Sanitation, dispensaries and jails vaccination Rajputana 1922-1927 - 1922-1927
Year: 1922
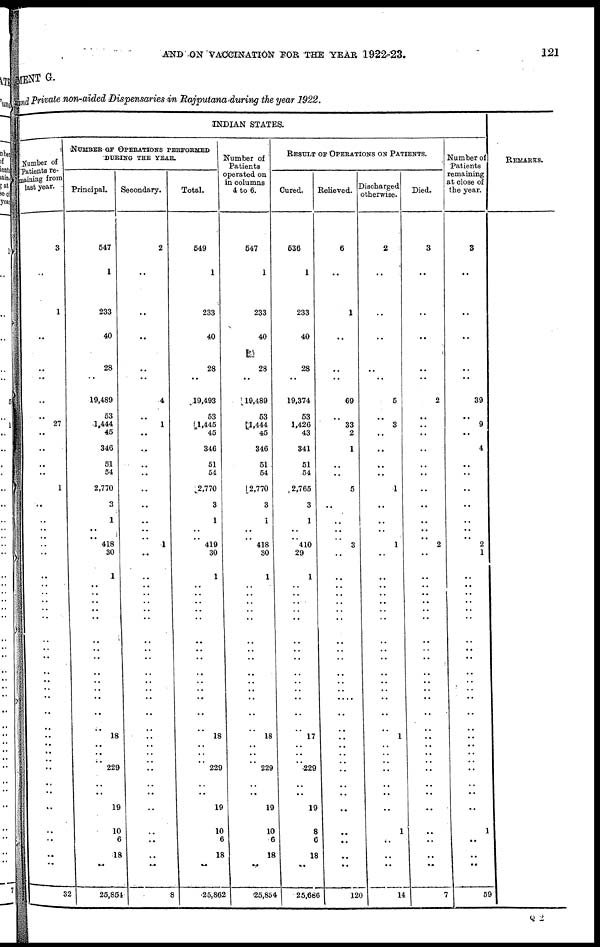
AND ON VACCINATION FOR THE YEAR 1922-23.
121
MENT G.
and Private non-aided Dispensaries in Rajputana during the year 1922.
INDIAN STATES.
Number of
Patients re-
maining from
last year.
3
..
1
..
..
..
..
..
27
..
..
..
..
1
..
..
..
..
..
..
..
..
..
..
.. ..
..
..
..
..
..
..
..
..
..
..
..
..
..
..
..
..
..
..
..
..
..
32
NUMBER OF OPERATIONS PERFORMED
DURING THE YEAR.
Principal.
547
1
233
40
28
..
19,489
53
1,444
45
346
51
54
2,770
3
1
..
.. 418
30
1
..
..
..
..
..
..
..
..
..
..
..
..
..
..
18
..
..
.. 229
..
..
19
10
6
18
..
25,854
Secondary.
2
..
..
..
..
..
4
..
1
..
..
..
..
..
..
..
..
..
1
..
..
..
..
..
..
..
..
..
..
..
..
..
..
..
..
..
..
..
..
..
..
..
..
..
..
..
..
8
Total.
549
1
233
40
28
..
19,493
53
1,445
45
346
51
54
2,770
3
1
..
419 419
30
1
..
..
..
..
..
..
..
..
..
..
..
..
..
..
18
..
..
.. 229
..
..
19
10
6
18
..
25,862
Number of
Patients
operated on
in columns
4 to 6.
647
1
233
40
28
..
19,489
53
1,444
45
346
51
54
2,770
3
1
..
418 418
30
1
..
..
..
..
..
..
..
..
..
..
..
..
..
..
18
..
..
.. 229
..
..
19
10
6
18
..
25,854
RESULT OF OPERATIONS ON PATIENTS.
Cured.
536
1
233
40
28
..
19,374
53
1,426
43
341
51
54
2,765
3
1
..
..
410
29
1
..
..
..
..
..
..
..
..
..
..
..
..
..
..
17
..
..
..
229
..
..
19
8
6
18
..
25,686
Relieved.
6
..
1
..
..
..
69
..
33
2
1
..
..
5
..
..
..
..
3
..
..
..
..
..
.. ..
..
..
..
..
..
..
..
..
..
..
..
..
..
..
..
..
..
..
..
..
..
120
Discharged
otherwise.
2
..
..
..
..
..
5
..
3
..
..
..
..
1
..
..
..
..
1
..
..
..
..
..
.. ..
..
..
..
..
..
..
..
..
..
1
..
.. ..
..
..
..
..
1
..
..
..
14
Died.
3
..
..
..
..
..
2
..
..
..
..
..
..
..
..
..
..
..
2
..
..
..
..
..
.. ..
..
..
..
..
..
..
..
..
..
..
..
..
..
..
..
..
..
..
..
..
..
7
Number of
Patients
remaining
at close of
the year.
3
..
..
..
..
..
39
..
9
...
4
..
..
..
..
..
..
..
2
1
..
..
..
..
.. ..
..
..
..
..
..
..
..
..
..
..
..
..
..
..
..
..
..
1
..
..
..
59
REMARKS.
Q 2